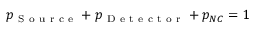
p _ { \mathrm { ~ S ~ o ~ u ~ r ~ c ~ e ~ } } + p _ { \mathrm { ~ D ~ e ~ t ~ e ~ c ~ t ~ o ~ r ~ } } + p _ { N C } = 1